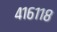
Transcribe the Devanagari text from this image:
४१६११८